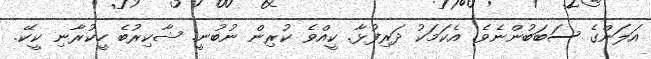
އަލަންގެ ސަބަބުންނެވެ. އެކަމަކު ދަރިފުޅާ. ކީއްވެ ކުރިން ނުބުނީ. ޝާކިރުބެ ހީކުރާނި ކީކޭ.